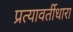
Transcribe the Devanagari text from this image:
प्रत्यावर्तीधारा